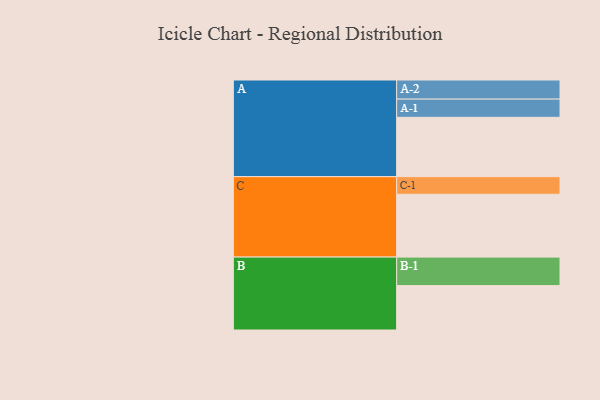
{"axis": {"x": "Segment", "y": "Value"}, "legend": ["", "A", "B", "C"], "data": [{"x": "A", "y": 512, "type": ""}, {"x": "B", "y": 383, "type": ""}, {"x": "C", "y": 542, "type": ""}, {"x": "A-1", "y": 157, "type": "A"}, {"x": "A-2", "y": 165, "type": "A"}, {"x": "B-1", "y": 246, "type": "B"}, {"x": "C-1", "y": 152, "type": "C"}]}